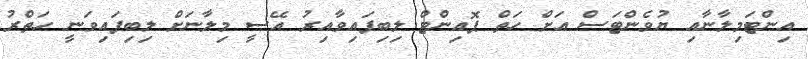
އިންޓަމިލާނާއި ޔުވެންޓަސް އަށް ހަތް ޕޮއިންޓް ލިބިފައިވާއިރު އޭސީ މިލާނަށް ލިބިފައިވަނީ ހަތްރު